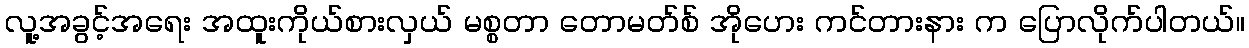
လူ့အခွင့်အရေး အထူးကိုယ်စားလှယ် မစ္စတာ တောမတ်စ် အိုဟေး ကင်တားနား က ပြောလိုက်ပါတယ်။